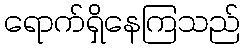
ရောက်ရှိနေကြသည်